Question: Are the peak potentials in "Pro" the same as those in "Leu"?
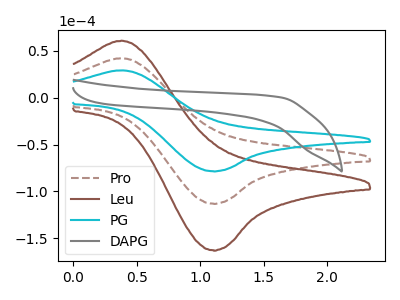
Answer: <think>The brown dashed curve "Pro" has an anodic peak at (0.40V, 42.35uA) and a cathodic peak at (1.10V, -112.95uA). The brown curve "Leu" has an anodic peak at (0.40V, 84.70uA) and a cathodic peak at (1.10V, -225.85uA). The cyan curve "PG" has an anodic peak at (0.40V, 29.40uA) and a cathodic peak at (1.10V, -78.35uA). The gray curve "DAPG" has no peaks.</think>
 <answer>Yes, "Pro" have a peak in "Leu" at the same potential.</answer>
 <eval>match</eval>